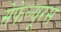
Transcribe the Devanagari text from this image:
सेफेल्यूरस